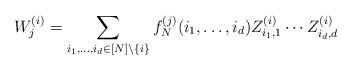
LaTeX: \begin{align*}W_j^{(i)} = \sum_{i_1,\dots,i_d \in [N]\setminus \{i\}}f_N^{(j)}(i_1,\dots,i_d)Z_{i_1,1}^{(i)}\cdots Z_{i_d,d}^{(i)}\end{align*}